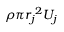
\rho \pi { r _ { j } } ^ { 2 } U _ { j }